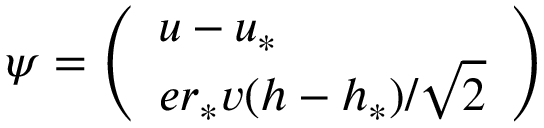
\psi = \left( \begin{array} { l } { { u - u _ { * } } } \\ { { e r _ { * } v ( h - h _ { * } ) / \sqrt { 2 } } } \end{array} \right)